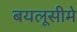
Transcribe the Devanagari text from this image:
बयलूसीमे